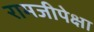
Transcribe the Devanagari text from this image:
रामजीपेक्षा